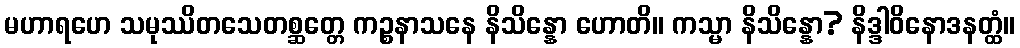
မဟာရဟေ သမုဿိတသေတစ္ဆတ္တေ ကဉ္စနာသနေ နိသိန္နော ဟောတိ။ ကသ္မာ နိသိန္နော? နိဒ္ဒါဝိနောဒနတ္ထံ။